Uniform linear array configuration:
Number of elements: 64
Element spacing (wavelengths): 0.75
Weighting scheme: hamming
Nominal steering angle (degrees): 0
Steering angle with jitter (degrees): -0.6592
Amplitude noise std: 0.05
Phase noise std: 0.05

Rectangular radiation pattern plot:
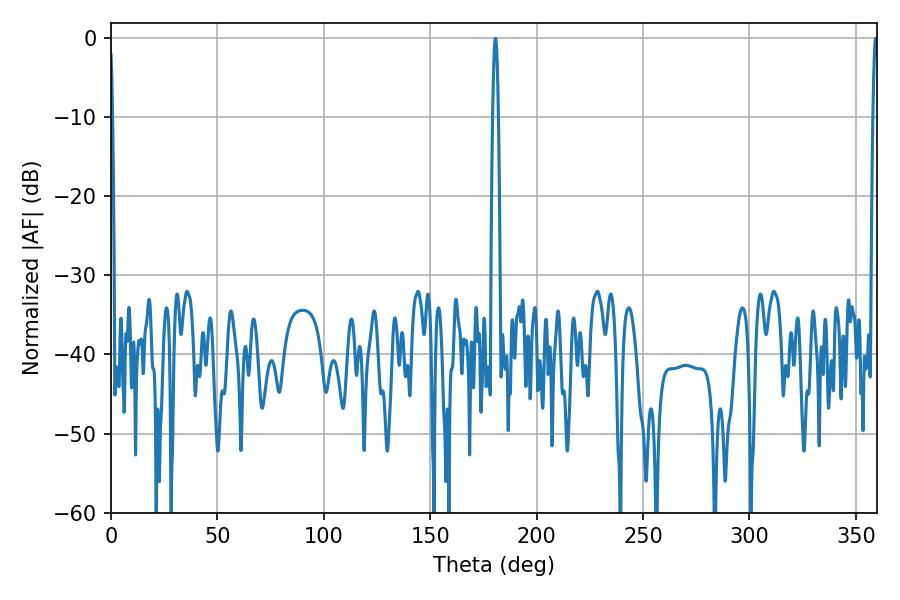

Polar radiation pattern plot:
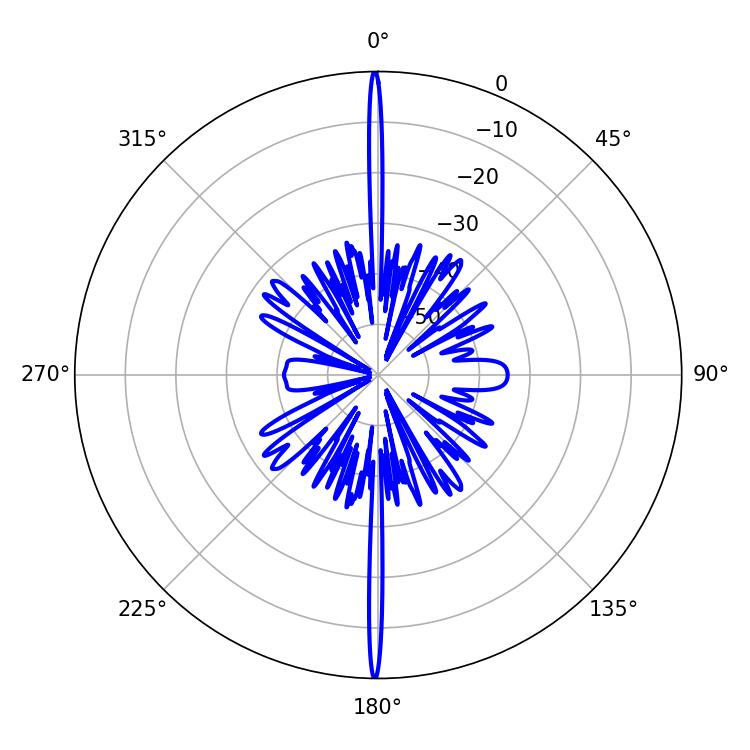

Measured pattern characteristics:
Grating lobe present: TRUE
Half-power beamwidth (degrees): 1.44
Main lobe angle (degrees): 359.28